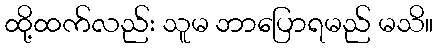
ထို့ထက်လည်း သူမ ဘာပြောရမည် မသိ။